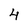
Character: 4